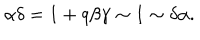
\alpha \delta = 1 + q \beta \gamma \sim 1 \sim \delta \alpha .